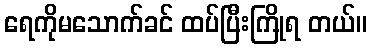
ရေကိုမသောက်ခင် ထပ်ပြီးကြိုရ တယ်။